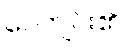
ပေကျင်း၏